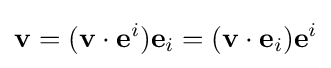
\mathbf {v} =(\mathbf {v} \cdot \mathbf {e} ^{i})\mathbf {e} _{i}=(\mathbf {v} \cdot \mathbf {e} _{i})\mathbf {e} ^{i}